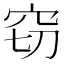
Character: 窃